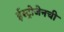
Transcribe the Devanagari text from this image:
ईस्ट्रोजेनची